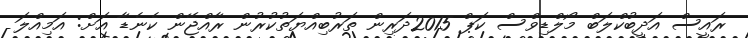
ރައީސް އަދީބުކްލަބް މޯލްޑިވްސް ކަޕް 2015ދަރިން ތަރުބިއްޔަތުކުރުން ރާއްޖޭން ކެނެޑާ އަށް: އަމިއްލަ